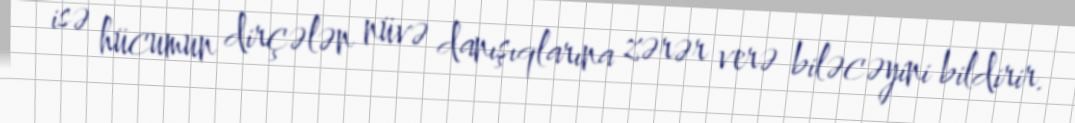
isə hücumun dirçələn nüvə danışıqlarına zərər verə biləcəyini bildirir.